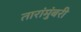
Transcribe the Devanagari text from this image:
तारांमुंबरी